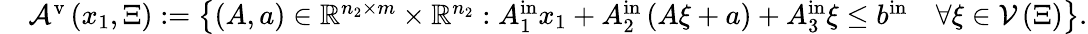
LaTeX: \begin{array}{rl}&{{\mathcal A}^{\mathrm{v}}\left({x}_{1},\Xi\right):=\left\{ \left(A,{a}\right)\in{\mathbb R}^{n_{2}\times m}\times{\mathbb R}^{n_{2}}:A_{1}^{\mathrm{in}}{x}_{1}+A_{2}^{\mathrm{in}}\left(A{\xi}+{a}\right)+A_{3}^{\mathrm{in}}{\xi}\leq{b}^{\mathrm{in}}\quad\forall{\xi}\in{\mathcal V}\left(\Xi\right)\right\} .}\end{array}